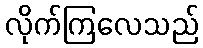
လိုက်ကြလေသည်